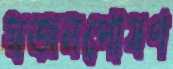
স্বজনপোষণ